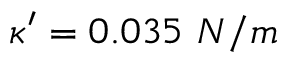
\kappa ^ { \prime } = 0 . 0 3 5 \ N / m